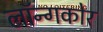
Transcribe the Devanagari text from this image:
लॉन्गकोर